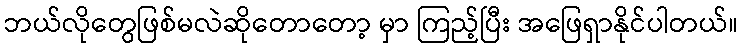
ဘယ်လိုတွေဖြစ်မလဲဆိုတောတော့ မှာ ကြည့်ပြီး အဖြေရှာနိုင်ပါတယ်။